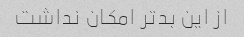
از این بدتر امکان نداشت